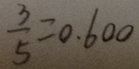
\frac { 3 } { 5 } = 0 . 6 0 0